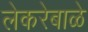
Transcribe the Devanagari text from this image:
लेकरेबाळे